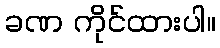
ခဏ ကိုင်ထားပါ။